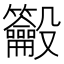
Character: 𪛒